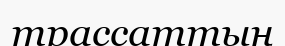
трассаттың